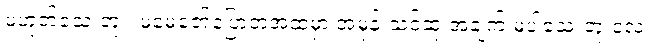
မဟုတ်သေးဘူး၊ မမေဇော်ပြောတဲ့အထဲမှာ အမုန်းသင့်ဆုံးအချက် မပါသေးဘူးလေ